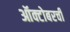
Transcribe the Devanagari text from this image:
ऑक्टोबरची